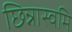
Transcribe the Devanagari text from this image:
छिन्नास्वमि